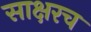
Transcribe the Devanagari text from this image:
साक्षरच